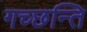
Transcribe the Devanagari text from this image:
गच्छन्ति